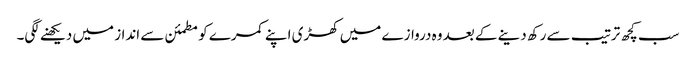
سب کچھ ترتیب سے رکھ دینے کے بعد وہ دروازے میں کھڑی اپنے کمرے کو مطمئن سے انداز میں دیکھنے لگی۔